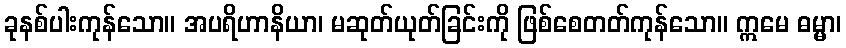
ခုနစ်ပါးကုန်သော။ အပရိဟာနိယာ၊ မဆုတ်ယုတ်ခြင်းကို ဖြစ်စေတတ်ကုန်သော။ ဣမေ ဓမ္မာ၊